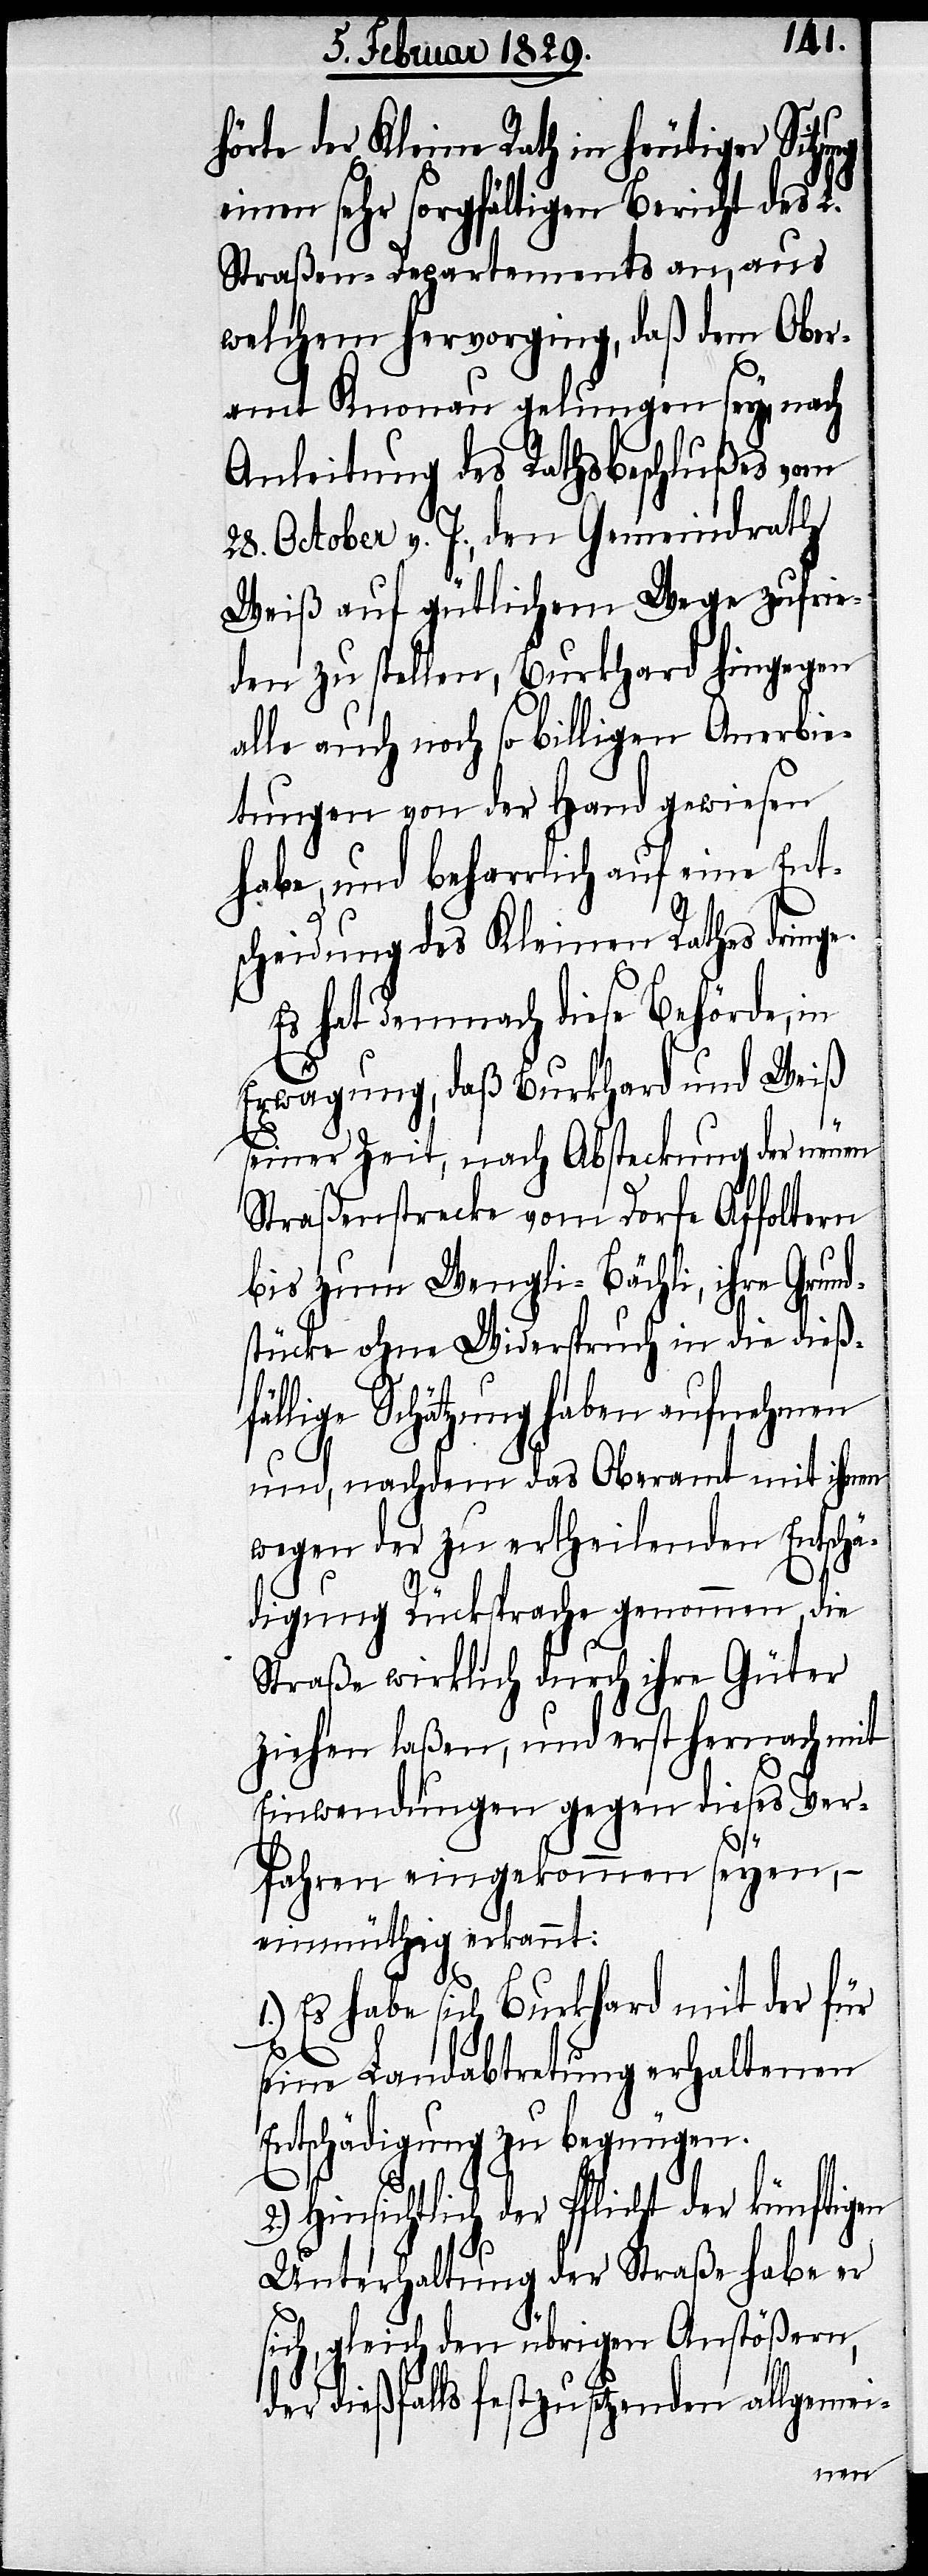
hörte der Kleine Rath in heutiger Sitzung
einen sehr sorgfältigen Bericht des L.
Straßen-Departements an, aus
welchem hervorging, daß dem Ober¬
amt Knonau gelungen sey, nach
Anleitung des Rathsbeschlußes vom
28. October v. J., dem Gemeindrath
Weiß auf gütlichen Wege zufrie¬
den zu stellen, Burkhard hingegen
alle auch noch so billigen Anerbie¬
tungen von der Hand gewiesen
habe, und beharrlich auf eine Ent¬
scheidung des Kleinen Rathes dring¬
Es hat demnach diese Behörde, in
Erwägung, daß Burkhard und Weiß
e.
seiner Zeit, nach Absteckung der neuen
Straßenstrecke vom Dorfe Affoltern
bis zum Wengli-Bächli, ihre Grun¬
dstücke ohne Widerspruch in die dieß¬
fällige Schätzung haben aufnehmen
und, nachdem das Oberamt mit ihnen
wegen der zu ertheilenden Entschä¬
digung Rücksprache genommen, die
Straße wirklich durch ihre Güter
ziehen laßen, und erst hernach mit
Einwendungen gegen dieses Ver¬
fahren eingekommen seyen, –
einmüthig erkannt:
1.) Es habe sich Burkhard mit der für
seine Landabtretung erhaltenen
Entschädigung zu begnügen.
Hinsichtlich der Pflicht der künftigen
Unterhaltung der Straße habe er
sich, gleich den übrigen Anstößern,
der dießfalls festzusetzenden allgemei-